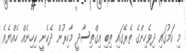
މި ކަމުގައި ދިވެހިންގެ ތެރޭގައި ތިބި އިގްތިސާދީ މާހިރުން ދެކެނީ ކިހިނެއް ހެއްޔެވެ